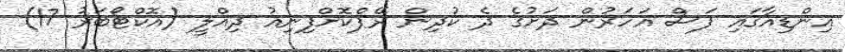
އިންޑިއާގައި ފަސް އަހަރުން ދަށުގެ ދެ ކުދިން ރޭޕްކޮށްފިނިއު ދިއްލީ (އޮކްޓޯބަރު 17)